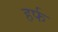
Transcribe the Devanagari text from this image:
हर्फ